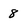
Character: 8